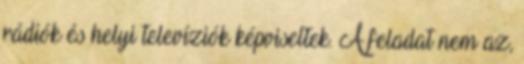
rádiók és helyi televíziók képviseltek. A feladat nem az,